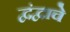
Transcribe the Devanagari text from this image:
द्वंद्वाचे